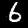
Label: 6